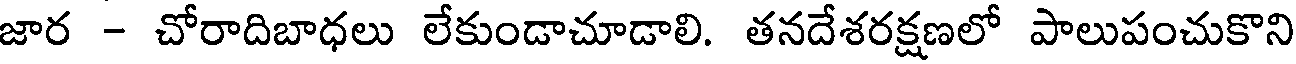
జార - చోరాదిబాధలు లేకుండాచూడాలి. తనదేశరక్షణలో పాలుపంచుకొని